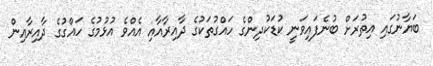
ބަޔާނުގައި އިތުރަށް ބުނެފައިވަނީ ކުޑަކުދިންގެ ހައްގުތަކުގެ ދާއިރާއާއި އެއްވެ އުޅުމުގެ ހައްގުގެ ދާއިރާއިން